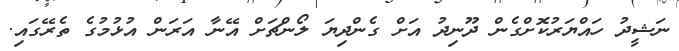
ނަޝީދު ހައްޔަރުކޮށްގެން ދޫނިދު އަށް ގެންދިޔަ ލޯންޗަށް އޭނާ އަރަން އުޅުމުގެ ތެރޭގައި.